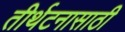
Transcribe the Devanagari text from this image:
तीर्थटनासाठी